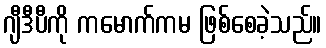
ဂျီဒီပီကို ကမောက်ကမ ဖြစ်စေခဲ့သည်။